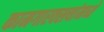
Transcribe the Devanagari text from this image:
कामगारवस्त्यांमध्ये